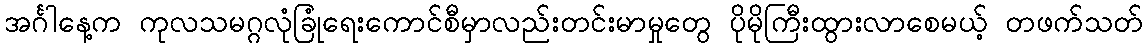
အင်္ဂါနေ့က ကုလသမဂ္ဂလုံခြုံရေးကောင်စီမှာလည်းတင်းမာမှုတွေ ပိုမိုကြီးထွားလာစေမယ့် တဖက်သတ်